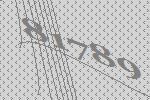
81789